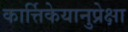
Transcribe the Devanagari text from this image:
कार्त्तिकेयानुप्रेक्षा